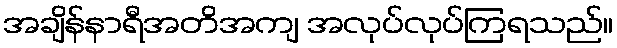
အချိန်နာရီအတိအကျ အလုပ်လုပ်ကြရသည်။